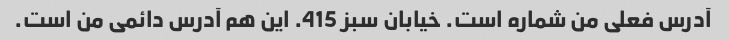
آدرس فعلی من شماره است. خیابان سبز 415. این هم آدرس دائمی من است.